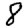
Digit: 8